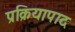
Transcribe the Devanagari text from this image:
प्रक्रियापाद